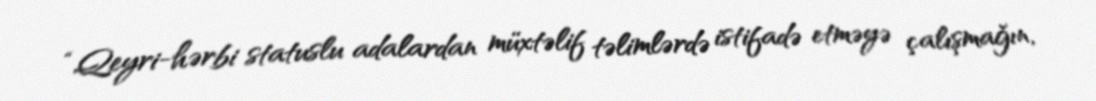
“Qeyri-hərbi statuslu adalardan müxtəlif təlimlərdə istifadə etməyə çalışmağın,